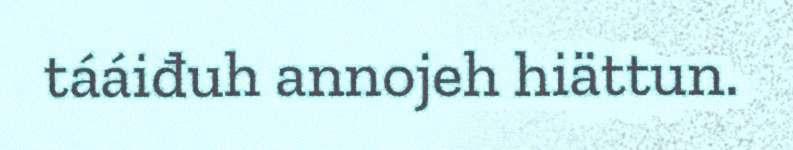
tááiđuh annojeh hiättun.